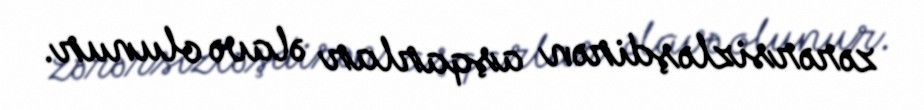
zərərsizləşdirən aşqarlar əlavə olunur.